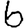
Digit: 6